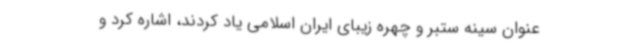
عنوان سینه ستبر و چهره زیبای ایران اسلامی یاد کردند، اشاره کرد و